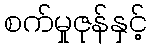
စက်မှုဇုန်နှင့်